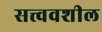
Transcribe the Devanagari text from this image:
सत्त्ववशील